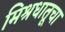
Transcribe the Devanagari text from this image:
मिश्रधातूचा